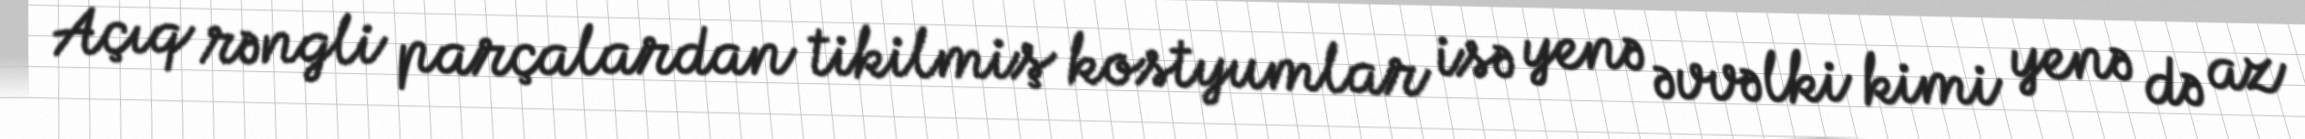
Açıq rəngli parçalardan tikilmiş kostyumlar isə yenə əvvəlki kimi yenə də az